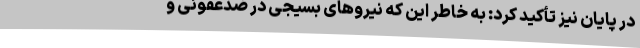
در پایان نیز تأکید کرد: به خاطر این که نیروهای بسیجی در ضدعفونی و